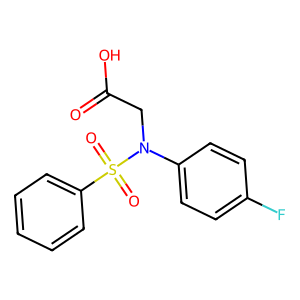
SMILES: O=C(O)CN(c1ccc(F)cc1)S(=O)(=O)c1ccccc1
Inhibits HIV replication: No